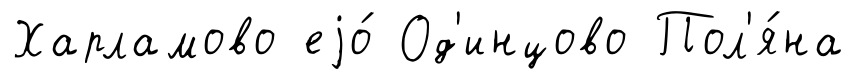
Харламово еjо́ Од'инцово Пол'я́на